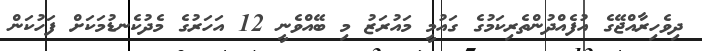
ދިވެހިރާއްޖޭގެ އުފެއްދުންތެރިކަމުގެ ގައުމީ މައުރަޒު މި ބޭއްވެނީ 12 އަހަރުގެ މެދުކެނޑުމަކަށް ފަހުކަން